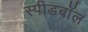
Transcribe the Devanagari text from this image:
स्पीडबॉल